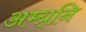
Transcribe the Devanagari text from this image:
अम्य्र्नि